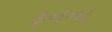
ફનના